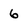
Character: 6